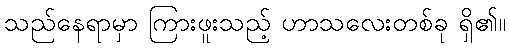
သည်နေရာမှာ ကြားဖူးသည့် ဟာသလေးတစ်ခု ရှိ၏။